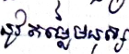
នូវតម្លៃមនុស្ស